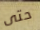
حتى